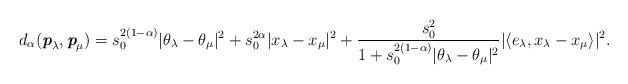
LaTeX: \begin{align*}d_\alpha(\textit{\textbf{p}}_\lambda,\textit{\textbf{p}}_\mu)=s_0^{2(1-\alpha)} |\theta_\lambda-\theta_\mu|^2+s_0^{2\alpha} |x_\lambda-x_\mu|^2 + \frac{s^2_0}{1+s_0^{2(1-\alpha)}|\theta_\lambda-\theta_\mu|^2} |\langle e_\lambda, x_\lambda-x_\mu \rangle|^2.\end{align*}